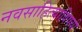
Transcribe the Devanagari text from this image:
नवसाहित्याविषयी